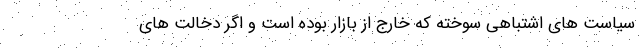
سیاست های اشتباهی سوخته که خارج از بازار بوده است و اگر دخالت های